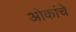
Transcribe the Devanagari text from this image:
ओकांचे